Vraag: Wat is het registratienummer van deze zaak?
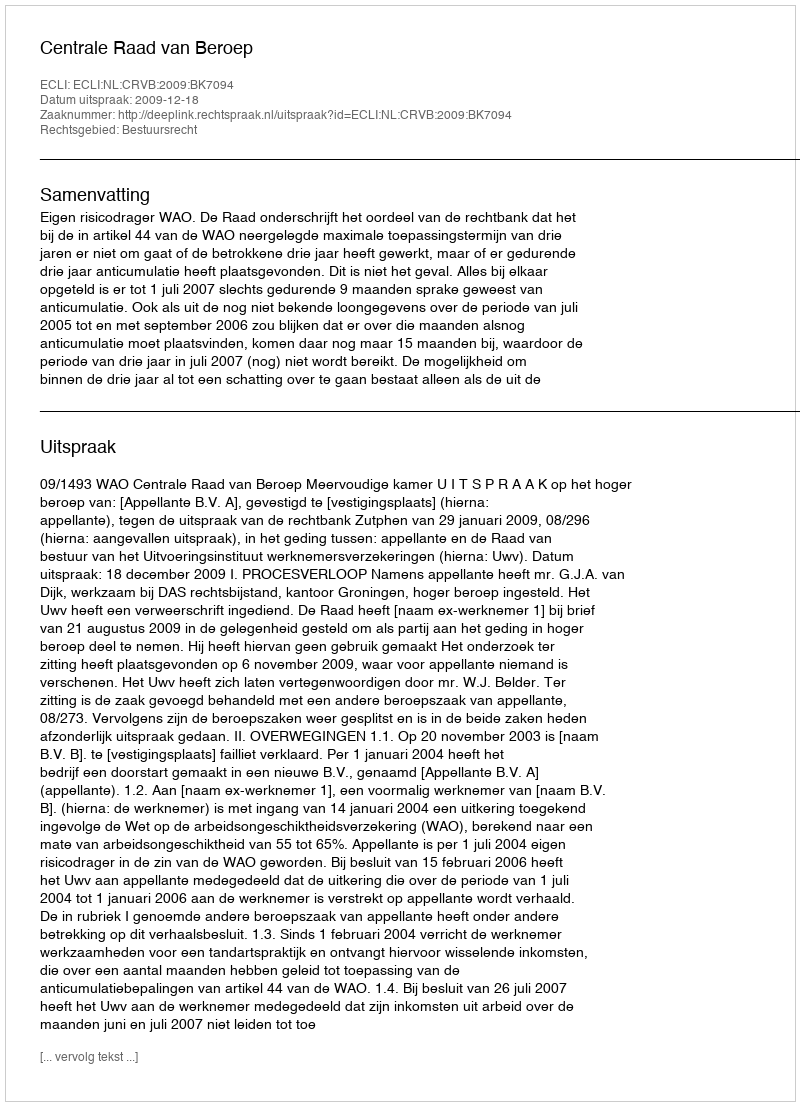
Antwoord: http://deeplink.rechtspraak.nl/uitspraak?id=ECLI:NL:CRVB:2009:BK7094